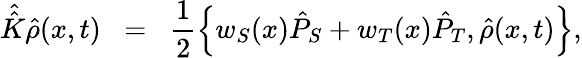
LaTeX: \hat{\hat{K}}\hat{\rho}(x,t)\; \; =\; \; \frac{1}{2}\Big\{ w_{S}(x)\hat{P}_{S}+w_{T}(x)\hat{P}_{T},\hat{\rho}(x,t)\Big\} ,